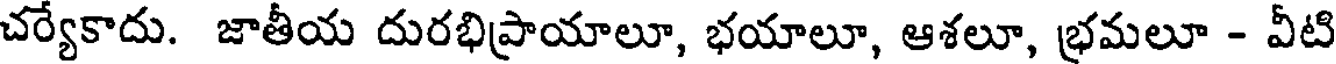
చర్యేకాదు. జాతీయ దురభిప్రాయాలూ, భయాలూ, ఆశలూ, భ్రమలూ - వీటి